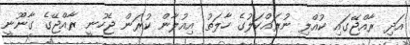
އަދި ރާއްޖޭގައި ކުއްލި ނުރައްކަލުގެ ހާލަތު އިއުލާން ކުރަން ޖެހުނީ ރާއްޖޭގެ ގާނޫނީ